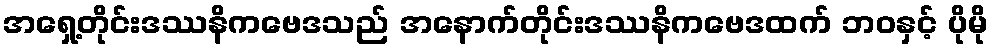
အရှေ့တိုင်းဒဿနိကဗေဒသည် အနောက်တိုင်းဒဿနိကဗေဒထက် ဘဝနှင့် ပိုမို